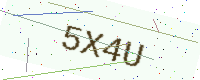
Text: 5X4U